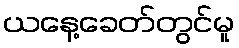
ယနေ့ခေတ်တွင်မူ